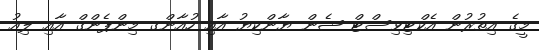
މީގެ އިތުރުން އެކްޓިވިސްޓް ޝެން ޔާންކިޔު އާއި ހުއާންގ މިންޕެންގް އާއި ލިއު